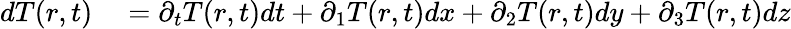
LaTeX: \begin{array}{rl}{dT(r,t)}&{{}=\partial_{t}T(r,t)dt+\partial_{1}T(r,t)dx+\partial_{2}T(r,t)dy+\partial_{3}T(r,t)dz}\end{array}